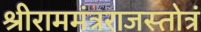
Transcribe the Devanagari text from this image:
श्रीराममंत्रराजस्तोत्रं